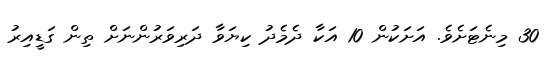
30 މިނެޓަށެވެ. އަށަކުން 10 އަކާ ދެމެދު ކިޔަވާ ދަރިވަރުންނަށް ތިން ގަޑީއިރު